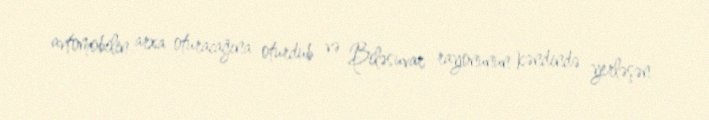
avtomobilin arxa oturacağına oturdub və Biləsuvar rayonunun kəndində yerləşən